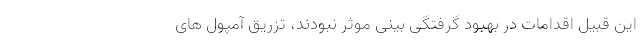
این قبیل اقدامات در بهبود گرفتگی بینی موثر نبودند، تزریق آمپول های